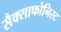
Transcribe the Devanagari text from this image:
सैक्साफोनिस्ट